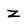
Character: z